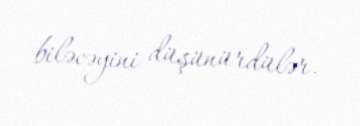
biləcəyini düşünürdülər.